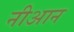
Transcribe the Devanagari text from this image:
नीआन